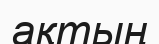
ақтың